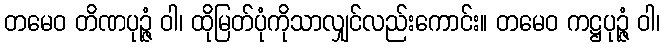
တမေဝ တိဏပုဉ္ဇံ ဝါ၊ ထိုမြတ်ပုံကိုသာလျှင်လည်းကောင်း။ တမေဝ ကဋ္ဌပုဉ္ဇံ ဝါ၊